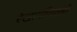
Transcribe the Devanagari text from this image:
रेखागणितज्ञों